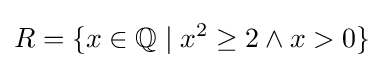
R=\{x\in \mathbb {Q} \mid x^{2}\geq 2\wedge x>0\}